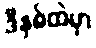
ဒီနှစ်ထဲမှာ